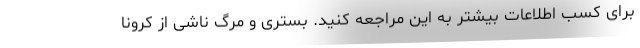
برای کسب اطلاعات بیشتر به این مراجعه کنید. بستری و مرگ ناشی از کرونا